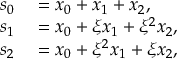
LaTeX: \begin{array} { r l } { s _ { 0 } } & { { } = x _ { 0 } + x _ { 1 } + x _ { 2 } , } \\ { s _ { 1 } } & { { } = x _ { 0 } + \xi x _ { 1 } + \xi ^ { 2 } x _ { 2 } , } \\ { s _ { 2 } } & { { } = x _ { 0 } + \xi ^ { 2 } x _ { 1 } + \xi x _ { 2 } , } \end{array}